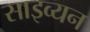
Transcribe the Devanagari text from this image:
साइव्यन